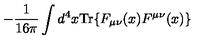
- \frac { 1 } { 1 6 \pi } \int d ^ { 4 } x \mathrm { T r } \{ F _ { \mu \nu } ( x ) F ^ { \mu \nu } ( x ) \}